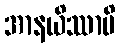
အာနယိဿာမိ